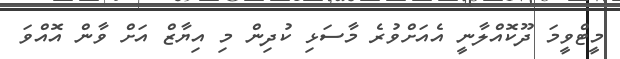
މީޓްވީމަ ދޫކޮއްލާނީ އެއަށްވުރެ މާސަޅި ކުދިން މި އިޔާޒް އަށް ވާން އޮއްވަ